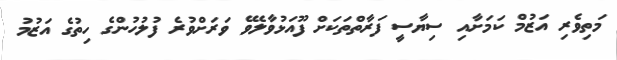
މަތިވެރި އަޒުމް ކަމަށާއި ސިޔާސީ ފަރާތްތަކަށް ފޫއަޅުވާލެވޭ ވަރަށްވުރެ ފުލުހުންގެ ހިތުގެ އަޒުމު